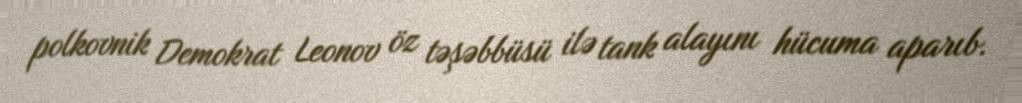
polkovnik Demokrat Leonov öz təşəbbüsü ilə tank alayını hücuma aparıb.